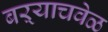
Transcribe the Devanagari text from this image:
बऱ्याचवेळ